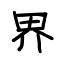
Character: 界